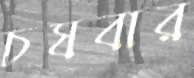
চষবার